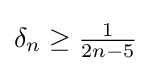
\delta _{n}\geq {\tfrac {1}{2n-5}}